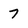
Character: 7